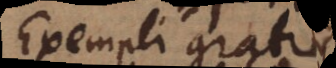
Exempli gratia